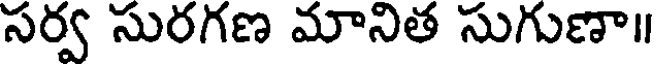
సర్వ సురగణ మానిత సుగుణా॥